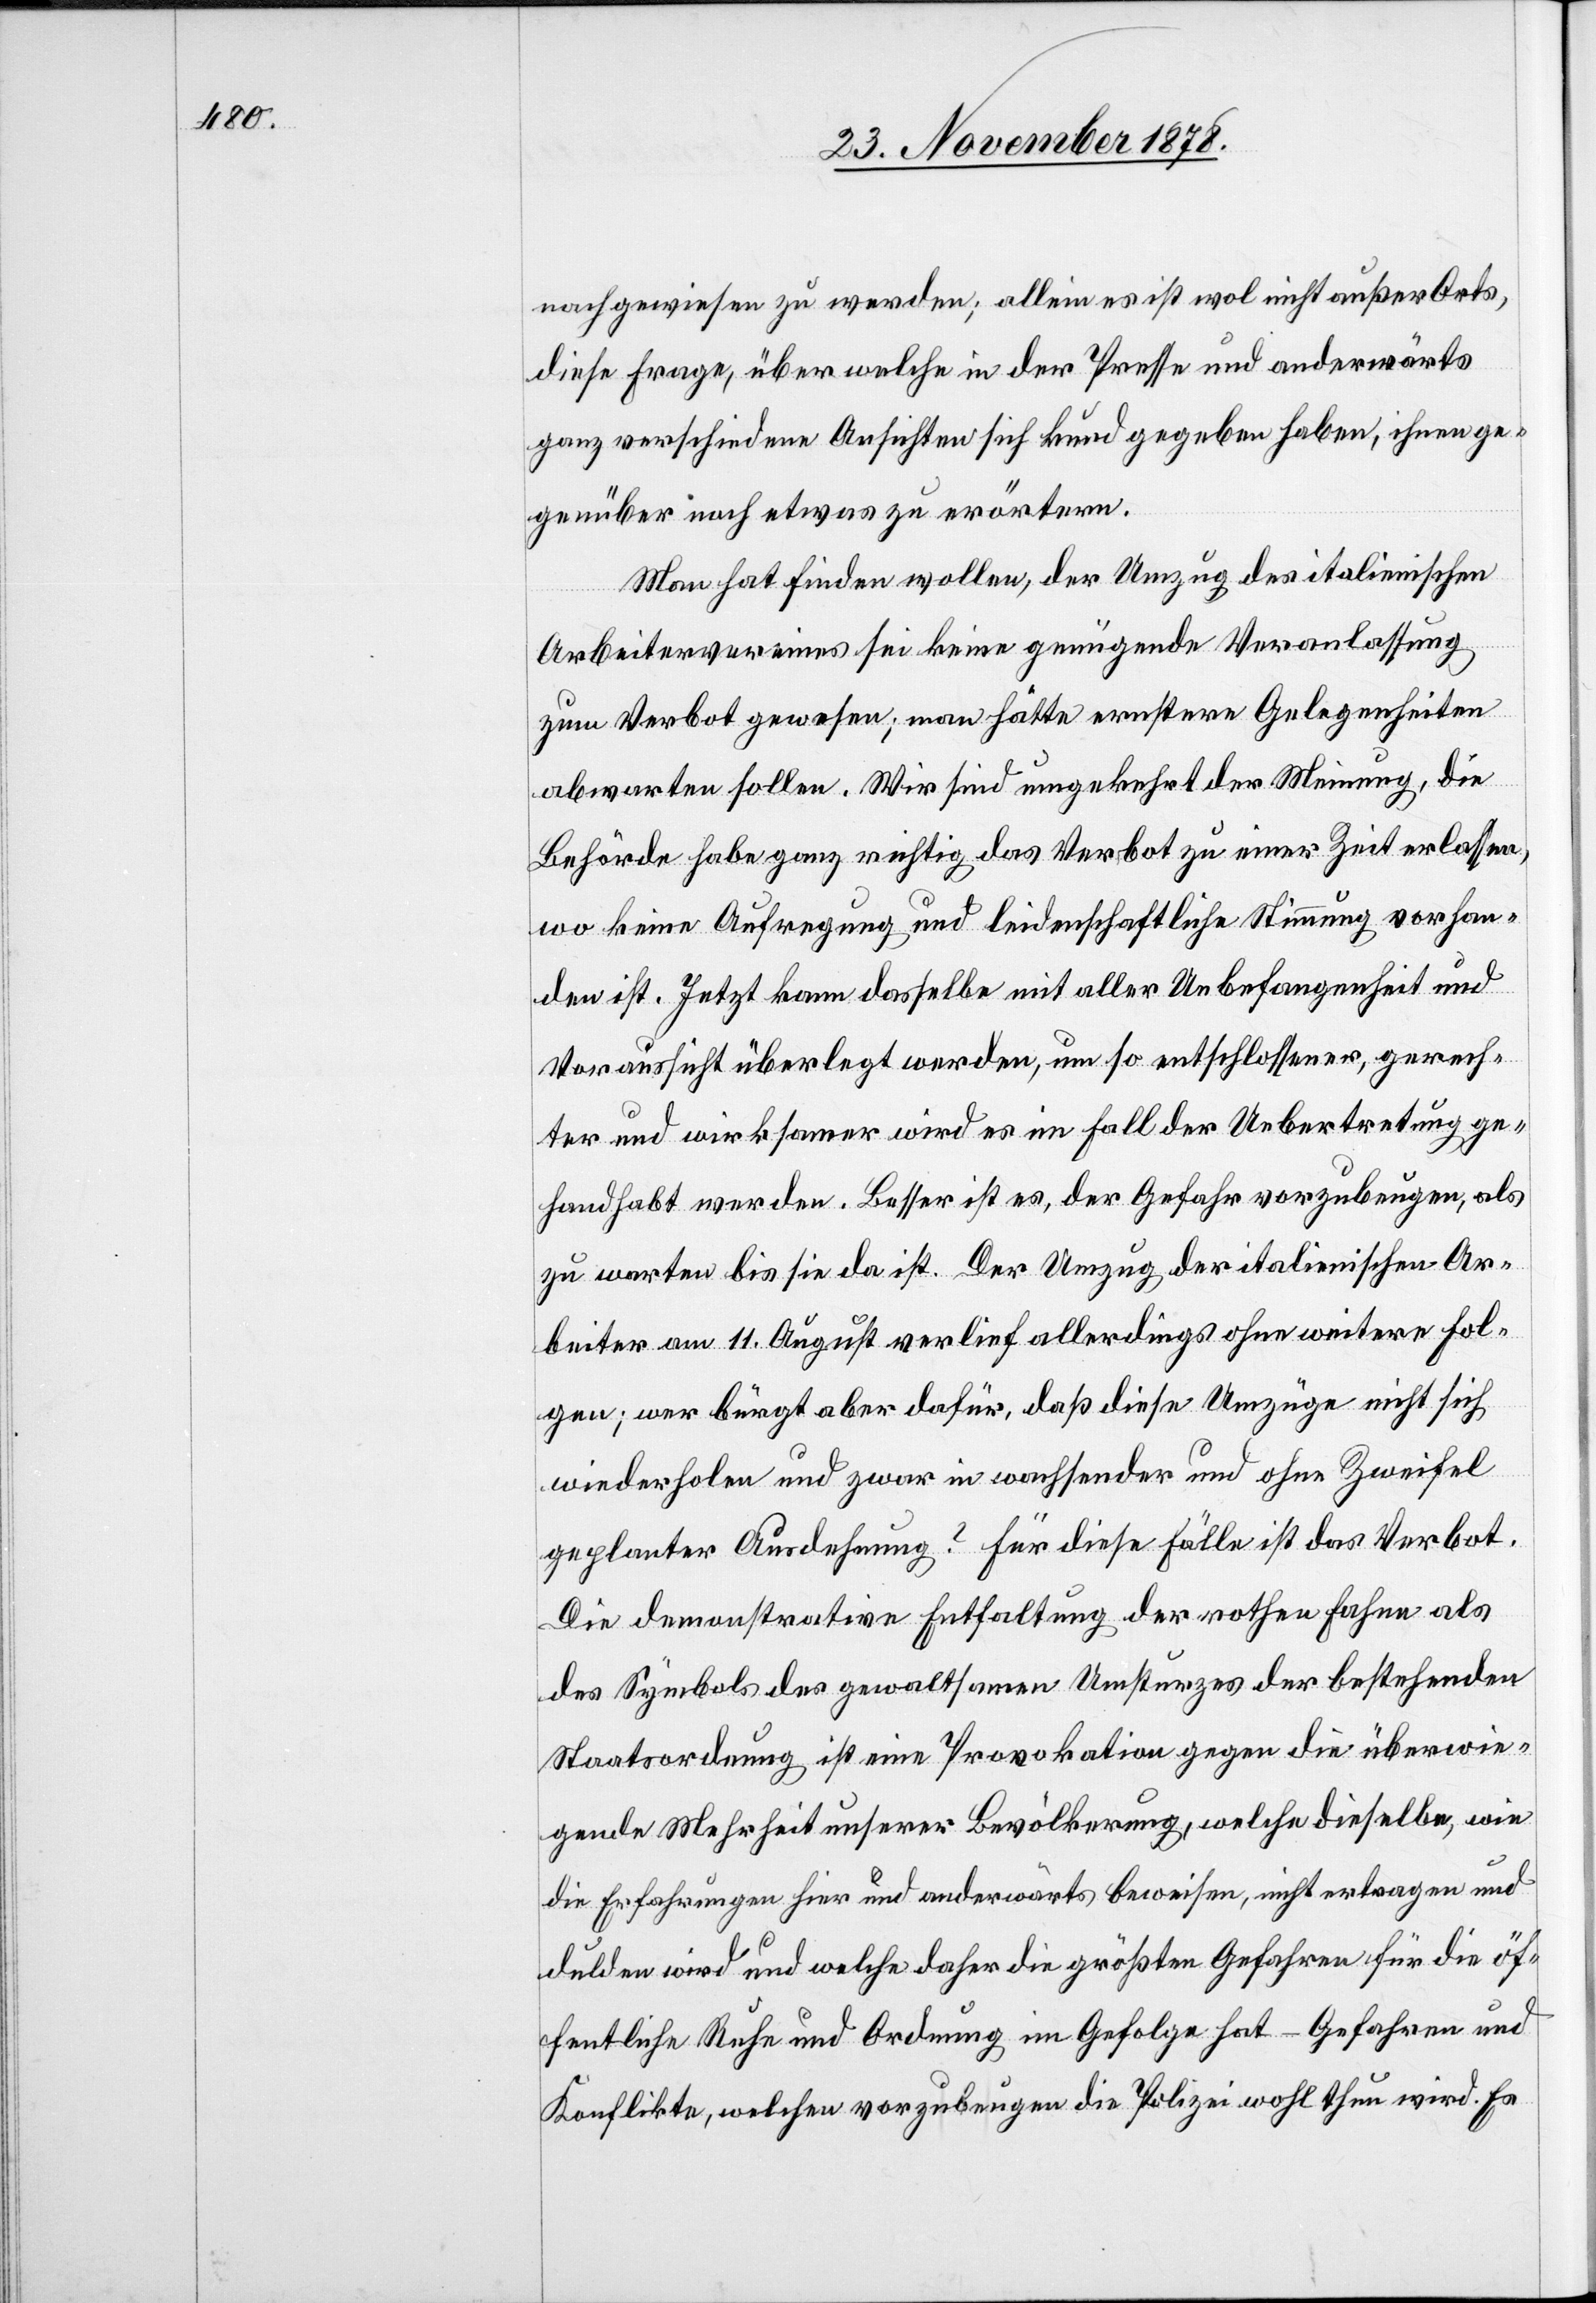
nachgewiesen zu werden; allein es ist wol nicht außer Orts,
diese Frage, über welche in der Presse und anderwärts
ganz verschiedene Ansichten sich kund gegeben haben, ihnen ge¬
genüber noch etwas zu erörtern.
Man hat finden wollen, der Umzug des italienischen
Arbeitervereins sei keine genügende Veranlassung
zum Verbot gewesen; man hätte erstere Gelegenheiten
abwarten sollen. Wir sind umgekehrt der Meinung, die
Behörde habe ganz richtig das Verbot zu einer Zeit erlassen,
wo keine Aufregung und leidenschaftliche Stimmung vorhan¬
den ist. Jetzt kann dasselbe mit aller Unbefangenheit und
Voraussicht überlegt werden, um so entschlossener, gerech¬
ter und wirksamer wird es im Fall der Uebertretung ge¬
handhabt werden. Besser ist es, der Gefahr vorzubeugen, als
zu warten bis sie da ist. Der Umzug der italienischen Ar¬
beiter am 11. August verlief allerdings ohne weitere Fol¬
gen; wer bürgt aber dafür, daß diese Umzüge nicht sich
wiederholen und zwar in wachsender und ohne Zweifel
geplanter Ausdehnung? Für diese Fälle ist das Verbot.
Die demonstrative Enthaltung der rothen Fahne als
des Symbols des gewaltsamen Umsturzes der bestehenden
Staatsordnung ist eine Provokation gegen die überwie¬
gende Mehrheit unserer Bevölkerung, welche dieselbe, wie
die Erfahrungen hier und anderwärts beweisen, nicht ertragen und
dulden wird und welche daher die größten Gefahren für die öf¬
fentliche Ruhe und Ordnung im Gefolge hat – Gefahren und
Konflikte, welchen vorzubeugen die Polizei wohl thun wird. Es